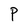
Character: P